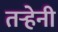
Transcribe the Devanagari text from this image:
तऱ्हेनी